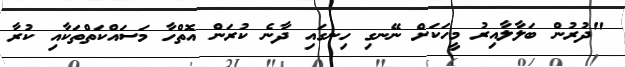
"ދުރުން ބަލާލާއިރު މީހަކަށް ނޭނގި ހިނގައި ދާނެ ކުރަން އޮތްހާ މަސައްކަތްތަކާއި ކުރާ